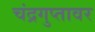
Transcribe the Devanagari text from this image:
चंद्रगुप्तावर